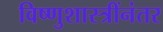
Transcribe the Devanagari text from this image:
विष्णुशास्त्रींनंतर